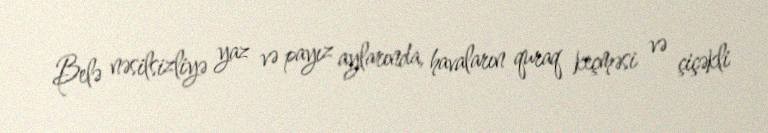
Belə nəsilsizliyə yaz və payız aylarında, havaların quraq keçməsi və çiçəkli